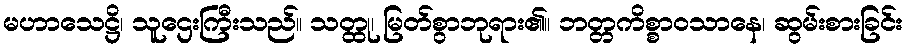
မဟာသေဋ္ဌိ၊ သူဌေးကြီးသည်။ သတ္ထု၊ မြတ်စွာဘုရား၏။ ဘတ္တကိစ္စာဝသာနေ၊ ဆွမ်းစားခြင်း